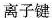
离子键